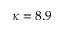
\kappa = 8 . 9